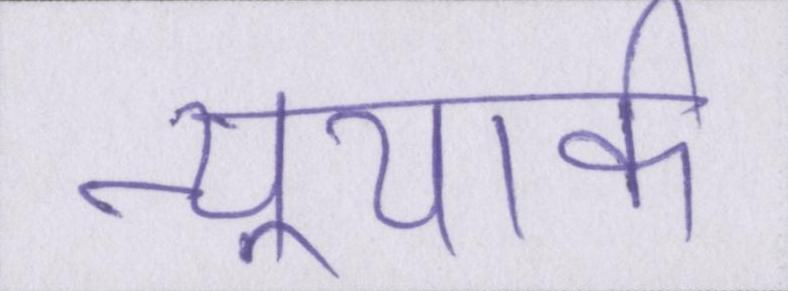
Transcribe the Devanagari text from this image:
न्यूयार्क